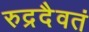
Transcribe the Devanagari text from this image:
रुद्रदैवतं